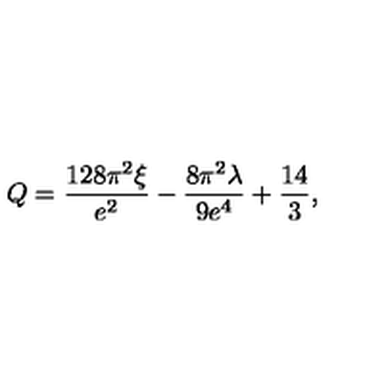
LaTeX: Q = { \frac { 1 2 8 \pi ^ { 2 } \xi } { e ^ { 2 } } } - { \frac { 8 \pi ^ { 2 } \lambda } { 9 e ^ { 4 } } } + { \frac { 1 4 } { 3 } } ,